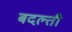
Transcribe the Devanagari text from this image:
बदल्ती